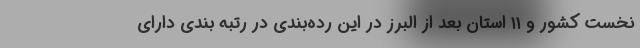
نخست کشور و ۱۱ استان بعد از البرز در این رده‌بندی در رتبه بندی دارای